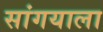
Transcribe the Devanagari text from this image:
सांगयाला